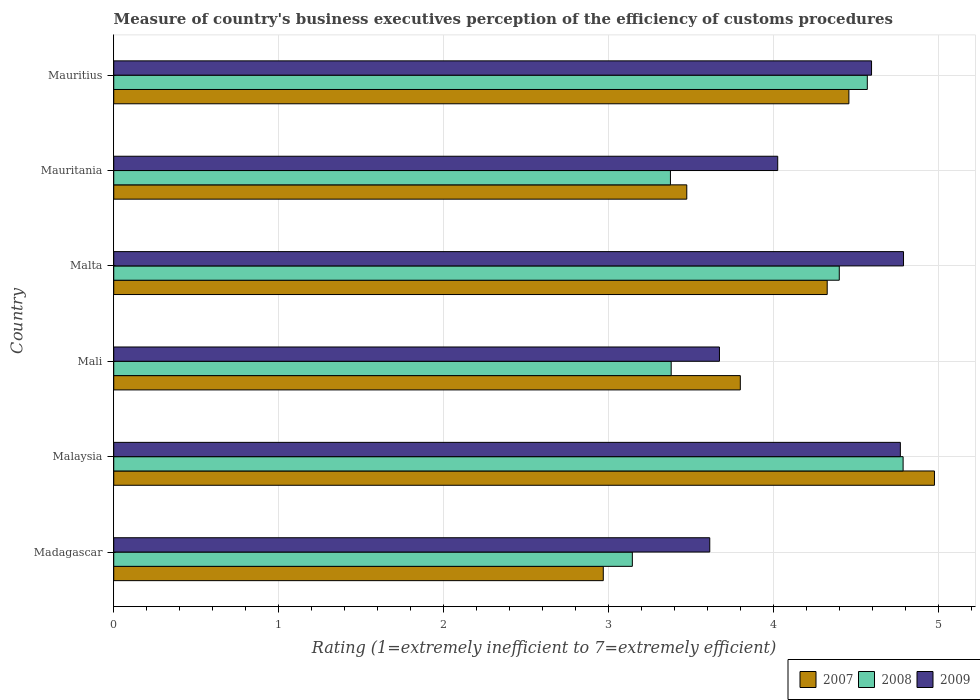
| Country | 2007 | 2008 | 2009 |
 | --- | --- | --- | --- |
 | Madagascar | 2.97 | 3.14 | 3.61 |
 | Malaysia | 4.97 | 4.78 | 4.77 |
 | Mali | 3.8 | 3.38 | 3.67 |
 | Malta | 4.32 | 4.4 | 4.79 |
 | Mauritania | 3.47 | 3.37 | 4.02 |
 | Mauritius | 4.45 | 4.57 | 4.59 |